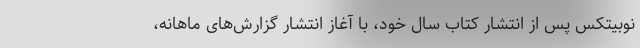
نوبیتکس پس از انتشار کتاب سال خود، با آغاز انتشار گزارش‌های ماهانه،